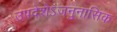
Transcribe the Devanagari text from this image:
उपदेशेऽजनुनासिक